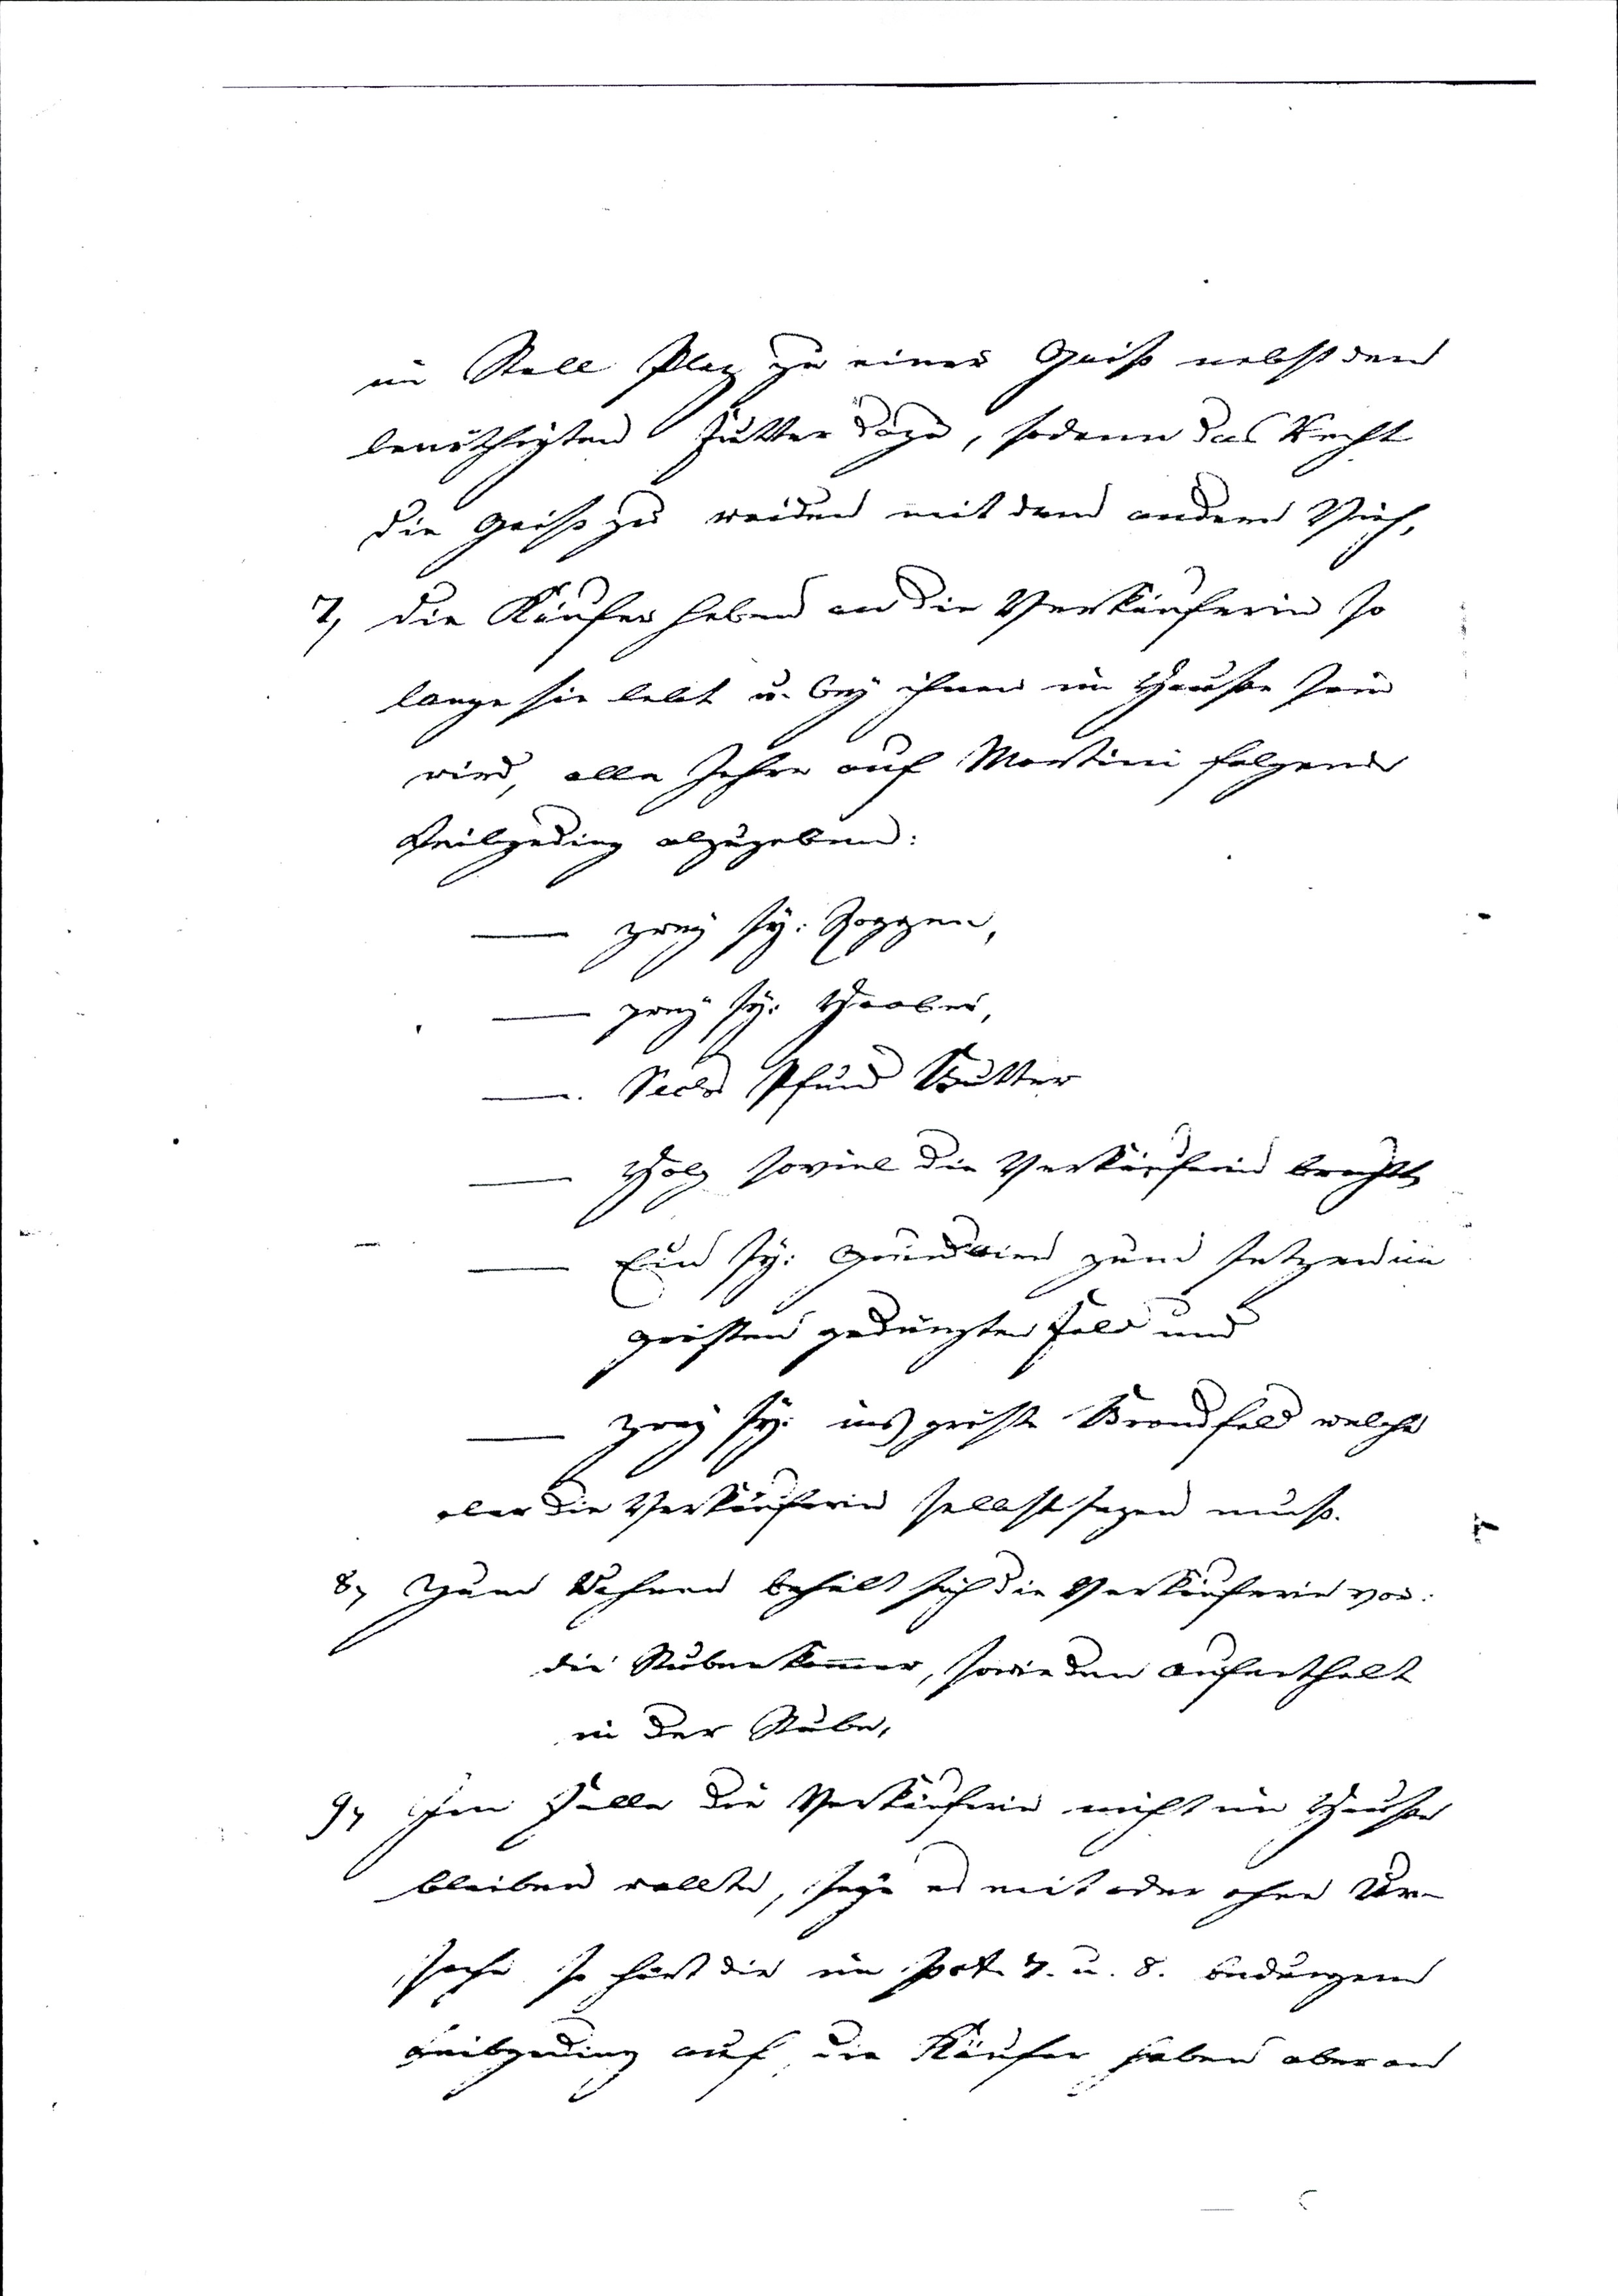
im Stall Plaz zu einer Geiß nebst den
benöthigten Futter dazu, sodann das Recht
die Geiß zu weiden mit dem andern Vieh,
7) die Käufer haben an die Verkäuferin so
lange sie lebt u. bey ihnen im Hause sein
wird, alle Jahre auf Martini folgend
Deilgeding abzugeben:
— zwey sy: Roggen,
— zwey sy: Haaber,
— Sechs Pfund Butter
— Holz soviel die Verkäuferin braucht
— Ein sy: Grundbirn zum setzen im
grösten gedüngten Feld und
— zwey sy: ins gröste Brandfeld welche
aber die Verkäuferin selbst sezen muß.
8) Zum Wohnen behält sich die Verkäuferin vor
die Stubenkammer, sowie den Aufenthalt
in der Stube,
9) Im Falle die Verkäuferin nicht im Hause
bleiben wollte, seye es mit oder ohne Ur¬
sach so hört die in Pct. 7. u. 8. bedungene
Leibgeding auf, die Käufer haben aber an